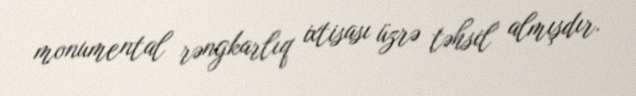
monumental rəngkarlıq ixtisası üzrə təhsil almışdır.